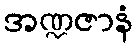
အဏ္ဍဇာနံ